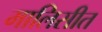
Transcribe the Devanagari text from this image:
मालिसीत